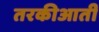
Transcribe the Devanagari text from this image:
तरकीआती